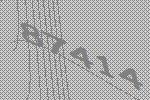
87414